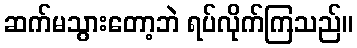
ဆက်မသွားတော့ဘဲ ရပ်လိုက်ကြသည်။